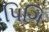
પિગિ